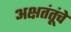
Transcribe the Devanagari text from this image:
अक्षतंतूंचे